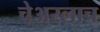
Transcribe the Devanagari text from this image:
चेअरलाच